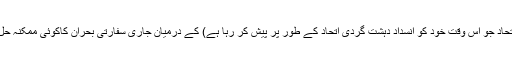
یہ چار ملکی اتحاد جو اس وقت خود کو انسدادِ دہشت گردی اتحاد کے طور پر پیش کر رہا ہے) کے درمیان جاری سفارتی بحران کاکوئی ممکنہ حل نظرنہیں آرہا۔